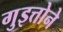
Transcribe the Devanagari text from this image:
गुइत्तोने